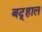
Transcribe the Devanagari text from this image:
बद्हाल